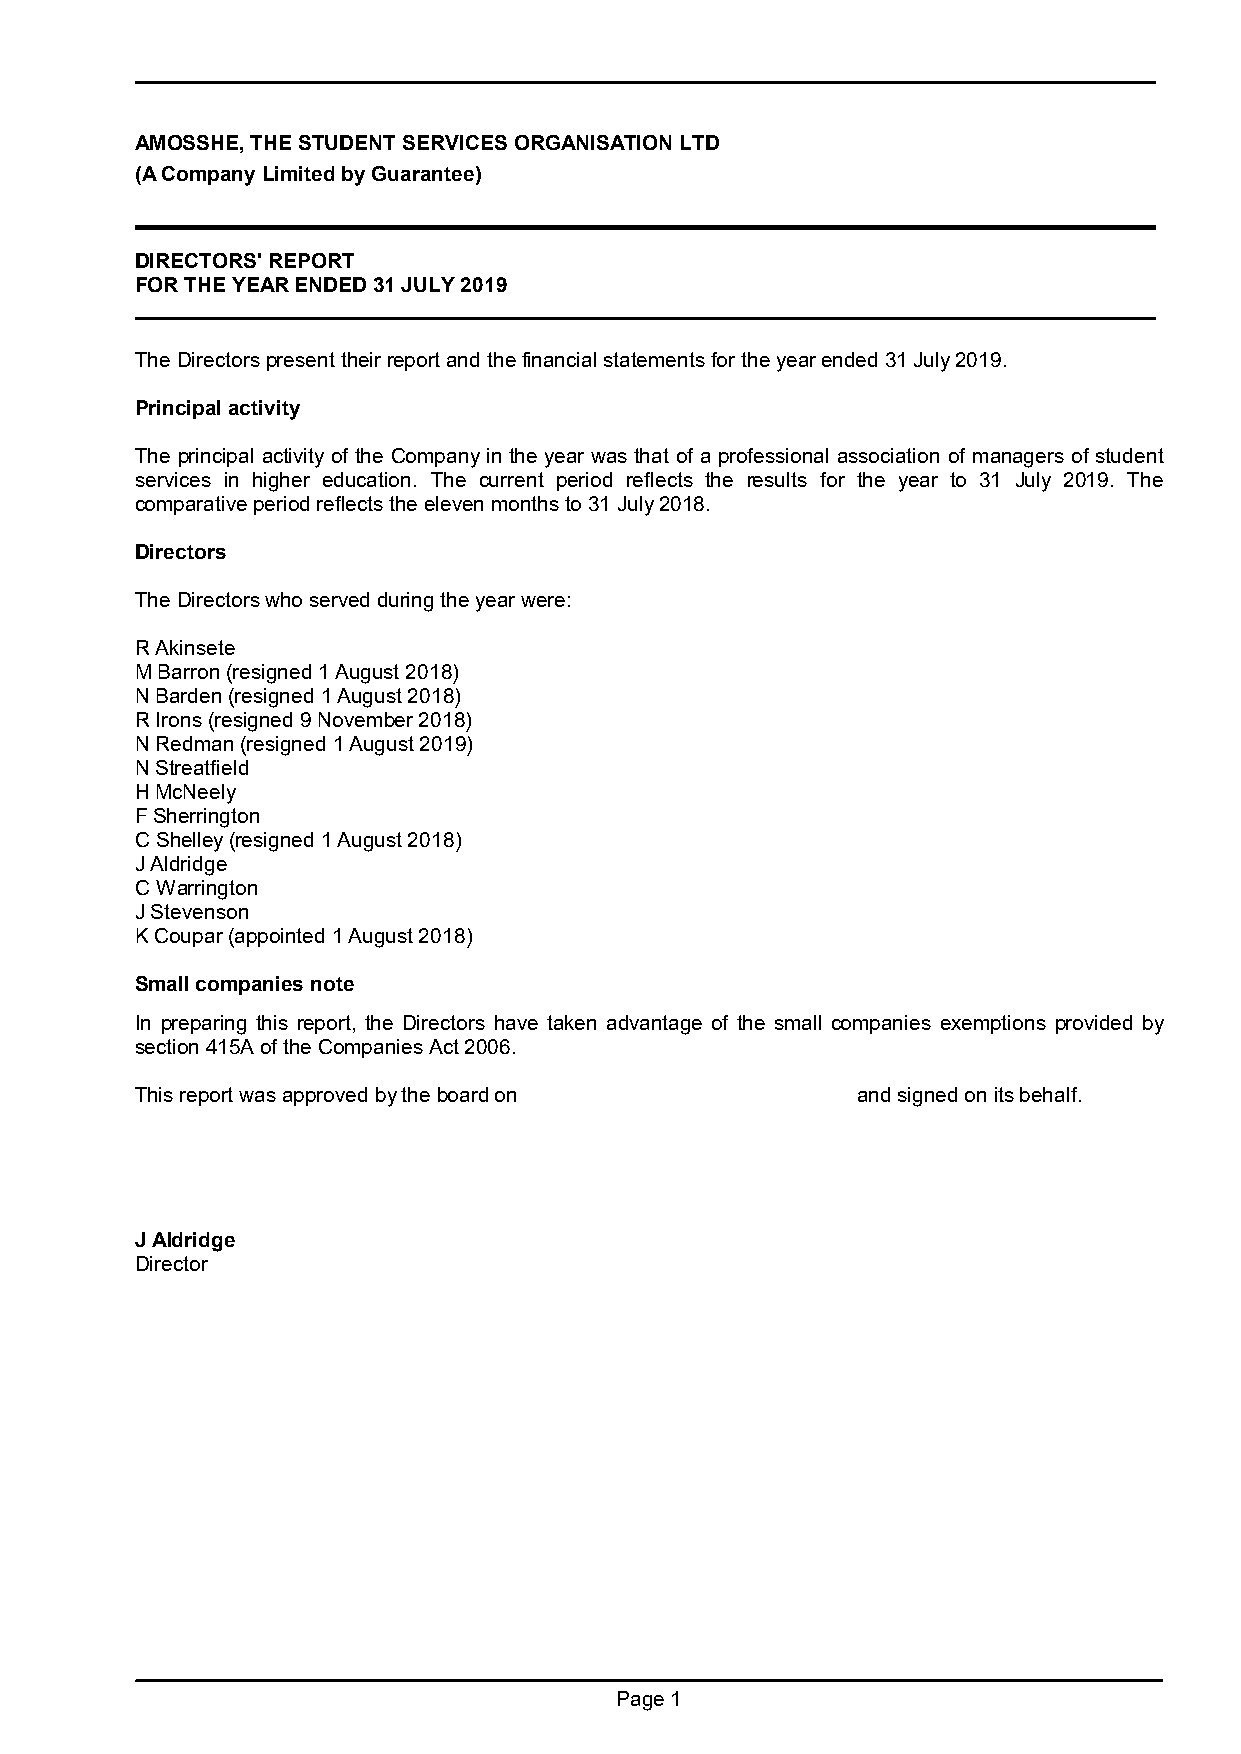
AMOSSHE, THE STUDENT SERVICES ORGANISATION LTD
 (A Company Limited by Guarantee)
 DIRECTORS' REPORT
 FOR THE YEAR ENDED 31 JULY 2019
 The Directorspresenttheirreport and thefinancial statements for the year ended 31 July 2019.
 Principal activity
 The principal activity of the Company in the year was that of a professional association of managers of student
 services in higher education. The current period reflects the results for the year to 31 July 2019. The
 comparative period reflects the eleven months to 31 July 2018.
 Directors
 The Directors who served during the yearwere:
 R Akinsete
 M Barron(resigned 1 August 2018)
 N Barden(resigned 1 August 2018)
 R Irons(resigned 9 November 2018)
 N Redman(resigned 1 August 2019)
 N Streatfield
 H McNeely
 F Sherrington
 C Shelley(resigned 1 August 2018)
 J Aldridge
 C Warrington
 J Stevenson
 K Coupar(appointed 1 August 2018)
 Small companies note
 In preparing this report, the Directors have taken advantage of the small companies exemptions provided by
 section 415A of the Companies Act 2006.
 This report was approved by the board on        and signed on its behalf.
 J Aldridge
 Director
 Page 1